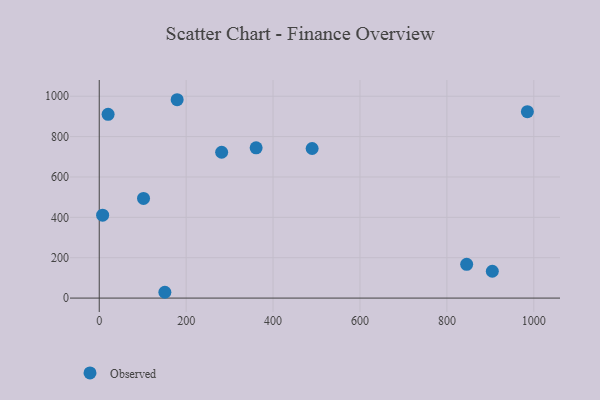
{"axis": {"x": "Speed", "y": "Sales"}, "legend": ["Observed"], "data": [{"x": "361.0", "y": 744.6, "type": "Observed"}, {"x": "845.5", "y": 167.1, "type": "Observed"}, {"x": "281.7", "y": 722.6, "type": "Observed"}, {"x": "7.8", "y": 410.7, "type": "Observed"}, {"x": "101.9", "y": 493.7, "type": "Observed"}, {"x": "20.4", "y": 910.5, "type": "Observed"}, {"x": "151.0", "y": 28.8, "type": "Observed"}, {"x": "489.9", "y": 741.1, "type": "Observed"}, {"x": "904.5", "y": 132.9, "type": "Observed"}, {"x": "985.2", "y": 923.4, "type": "Observed"}, {"x": "179.3", "y": 982.7, "type": "Observed"}]}